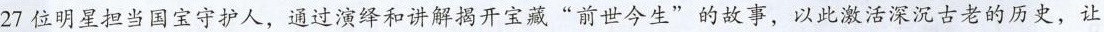
27位明星担当国宝守护人，通过演绎和讲解揭开宝藏”前世今生”的故事，以此激活深沉古老的历史，让